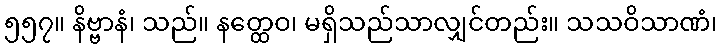
၅၅၇။ နိဗ္ဗာနံ၊ သည်။ နတ္ထေဝ၊ မရှိသည်သာလျှင်တည်း။ သသဝိသာဏံ၊